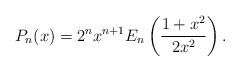
LaTeX: \begin{align*}P_n(x) = 2^n x^{n+1} E_n\left( {1+x^2 \over 2x^2}\right).\end{align*}